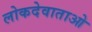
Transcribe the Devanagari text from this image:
लोकदेवाताओ